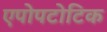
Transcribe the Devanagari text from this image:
एपोपटोटिक